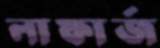
লাফার্জ